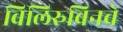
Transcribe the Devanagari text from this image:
विलिरुबिनचे